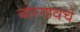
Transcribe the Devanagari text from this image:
बोरगावचे